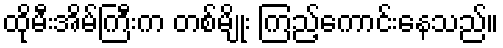
ထိုမီးအိမ်ကြီးက တစ်မျိုး ကြည့်ကောင်းနေသည်။